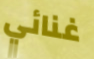
غنائي